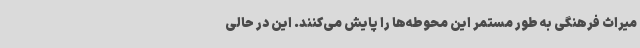
میراث فرهنگی به طور مستمر این محوطه‌ها را پایش می‌کنند. این در حالی